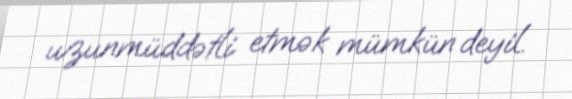
uzunmüddətli etmək mümkün deyil.